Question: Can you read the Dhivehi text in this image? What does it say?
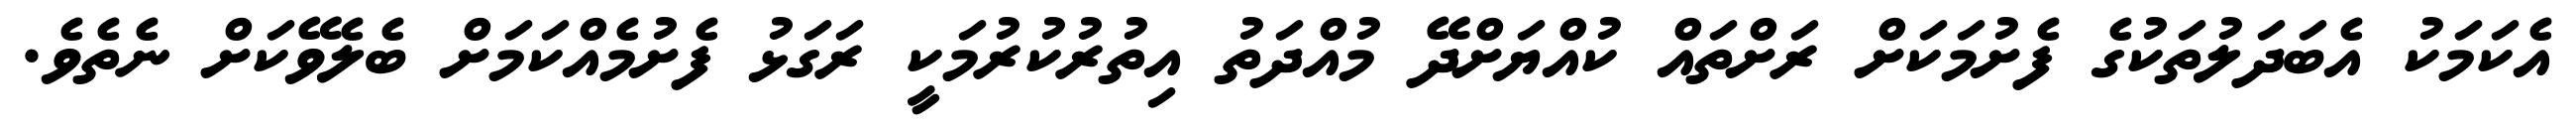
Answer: އެކަމަކު އެބަދަލުތަކުގެ ފެށުމަކަށް ރަށްތައް ކުއްޔަށްދޭ މުއްދަތު އިތުރުކުރުމަކީ ރަގަޅު ފެށުމެއްކަމަށް ބެލެވޭކަށް ނެތެވެ.